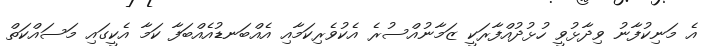
އެ މަނިކުފާނު ވިދާޅުވީ ހުޅުދުއްފާރަކީ ޒަމާނުއްސުރެ އެކުވެރިކަމާއި އެއްބަނޑުއެއްބަފާ ކަމާ އެކީގައި މަސައްކަތް